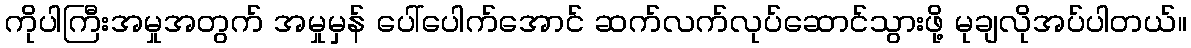
ကိုပါကြီးအမှုအတွက် အမှုမှန် ပေါ်ပေါက်အောင် ဆက်လက်လုပ်ဆောင်သွားဖို့ မုချလိုအပ်ပါတယ်။